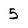
Character: 5